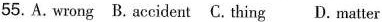
55.A. wrong B.accident C. thing D. matter